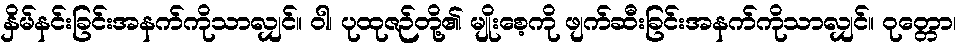
နှိမ်နင်းခြင်းအနက်ကိုသာလျှင်။ ဝါ၊ ပုထုဇဉ်တို့၏ မျိုးစေ့ကို ဖျက်ဆီးခြင်းအနက်ကိုသာလျှင်။ ဝုတ္တော၊